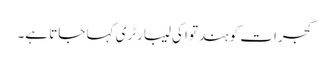
گجرات کو ہندتوا کی لیبارٹری کہا جاتا ہے۔